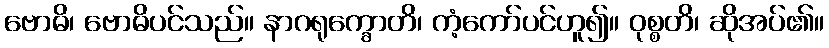
ဗောဓိ၊ ဗောဓိပင်သည်။ နာဂရုက္ခောတိ၊ ကံ့ကော်ပင်ဟူ၍။ ဝုစ္စတိ၊ ဆိုအပ်၏။